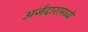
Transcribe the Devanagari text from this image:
अर्जदारामध्ये